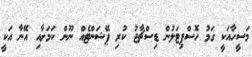
މަސީހާއަކީ ގަމު ހޮސްޕިޓަލުން ޑިސްޗާޖު ކުރި ޕޭޝަންޓެއް ނޫން ކަމަށާއި އޭނާ އަކީ